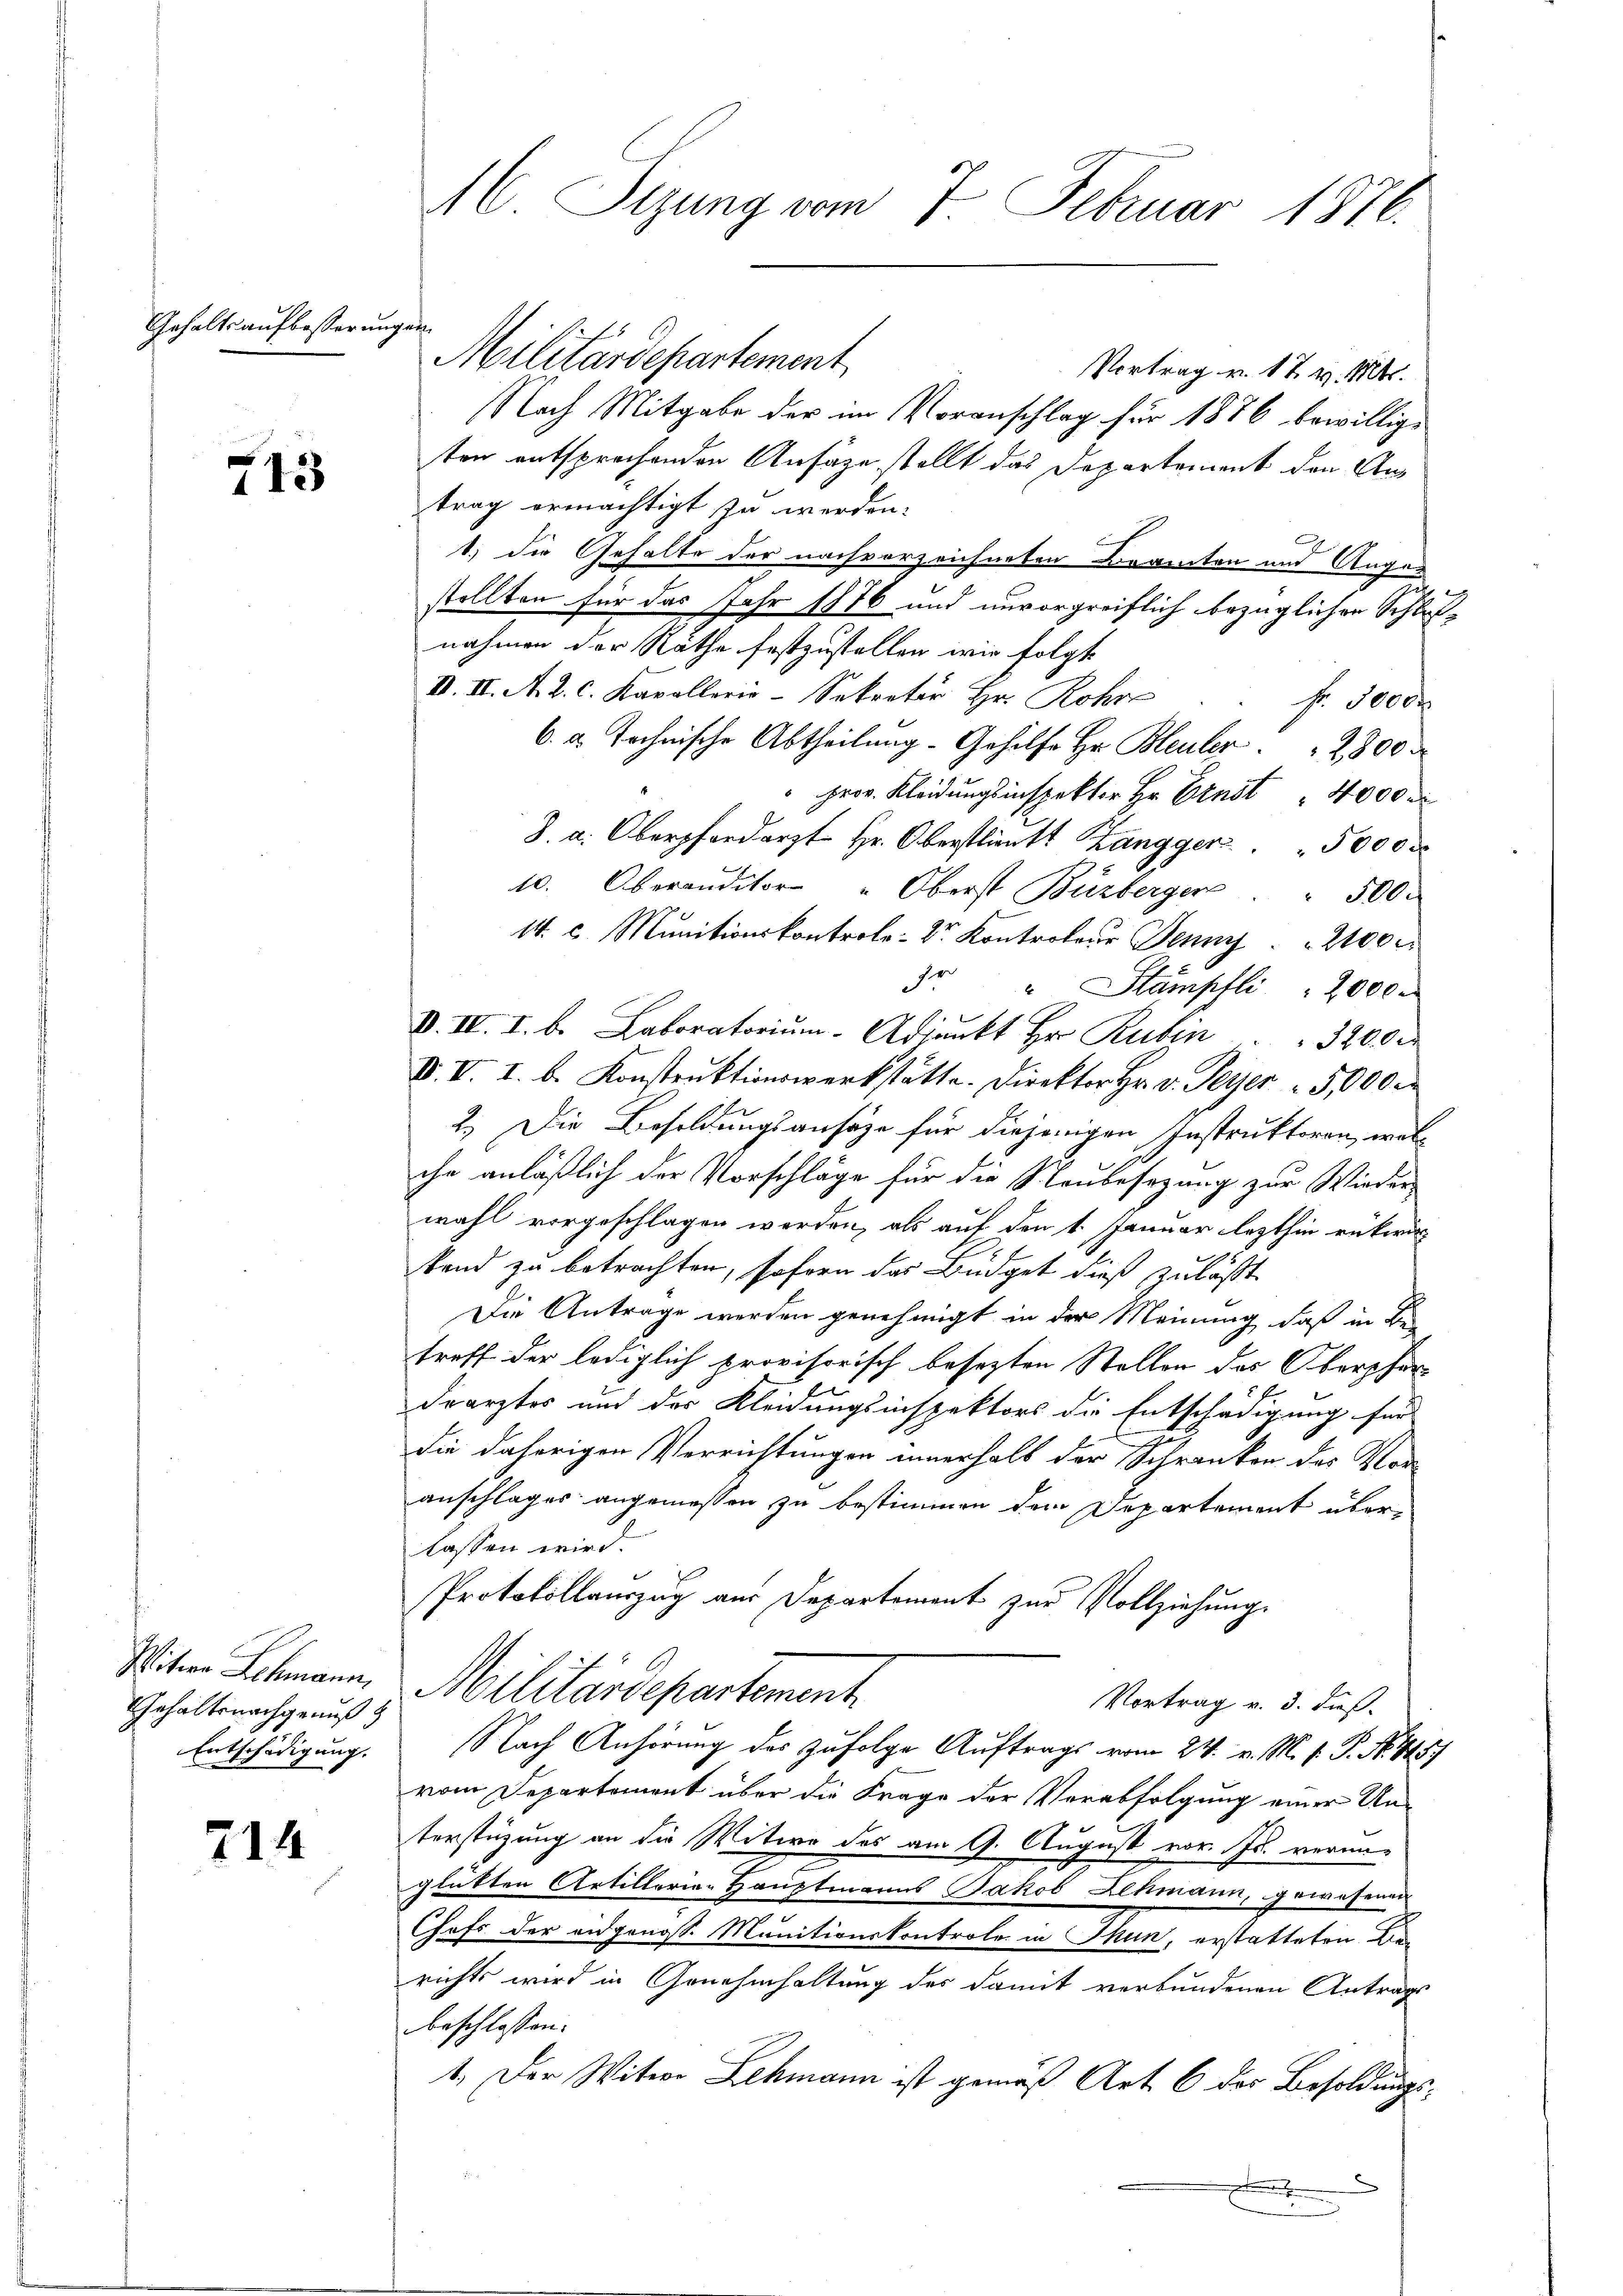
Gehaltsaufbesserungen

713.

Gehaltsnachgenuß
Entschädigung.

214

M Sizung vom 7. Februar 1876.

Militärdepartement
Vortrag v. 17 v. Mts.
Nach Mitgabe der im Voranschlag für 1876 bewillige
ten entsprechenden Ansäze stellt das Departement den Antrag ermächtigt in werden.
1) die Gehalte der nach vorzeichneten Beamten und Auge
stollten für das Jahr 1876 und unvorgreiflich bezüglichen Schlußnahmen der Räthe festzustellen wir folgt
IV. II. A. R. C. Kapellerie-Sekretär Hr. Rohr
Hr. Josef
6. u. Tochnische Abtheilung-Gehilfe Hr. Bleuler. 2300 r
" Herr Kleidungsinspektor Hr. Ernst " 4000 x
8. a. Oberfordert Hr. Oberstinkt Zangger 5000
10. Oberanditor " Oberst Büzberger " 500.
  Munition Kontro 2100
3. " Stampfli " 2000.
d
V. IV. I. b. Laboratorium Adjunkt Hr. Rubin . . 3200 M
V. V. I. b. Konstruktionswerkstätte. Direktor Hr. v. Peyer = 5,000
2.) Die Besoldungsansätze für diejenigen Instruktoren, welche anläßlich der Vorschläge für die Neubesezung zur Wieder-
wahl vorgeschlagen worden, als auf den 1. Januar lezthin rükwir
band zu betrachten, soforn das Büdget dieß zuläßt
Die Antrage werden genehmigt in der Meinung, daß in Be
troff der lediglich provisorisch besezten Stellen des Oberphör¬
Drarztes und der Kleidungsinspektors die Entschädigung für
die daherigen Verrichtungen innerhalb der Schranken des Vor-
anschlages angemessen zu bestimmen dem Departement überlassen wird.
Protokollauszug aus Departement zur Vollziehung
Mitern Schmann, Militärdepartement
Vortrag v. 3. dieß.
Nach Anhörung des zufolge Auftrags vom 24. v. M. h. T. No. 415.
vom Departement über die Frage der Verabfolgung einer Un-
terstüzung an die Witwe des am 9. August vor. Js. vermiglütten Artillarian Hauptmanns Jakob Lehmann, gewesenen
Chefs der angenoss. Munitionskontrole in Thun, erstatteten Die
richts wird in Genehmhaltung des damit verbundenen Antrags
beschlossen:
1.) Der Witwe Lekmann ist gemäß Art. 6 der Besoldungs-
.